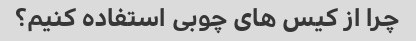
چرا از کیس های چوبی استفاده کنیم؟